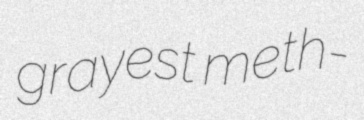
grayest meth-